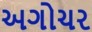
અગોચર